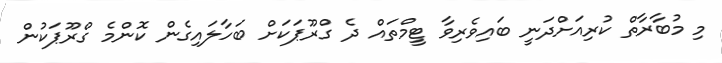
މި މުބާރާތް ކުރިއަށްދަނީ ބައިވެރިވާ ޓީމްތައް ދެ ގްރޫޕަކަށް ބަހާލައިގެން ކޮންމެ ގްރޫޕަކުން